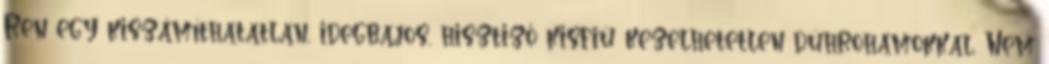
Ren egy kiszámíthatatlan, idegbajos, hisztiző kisfiú kezelhetetlen dührohamokkal. Nem